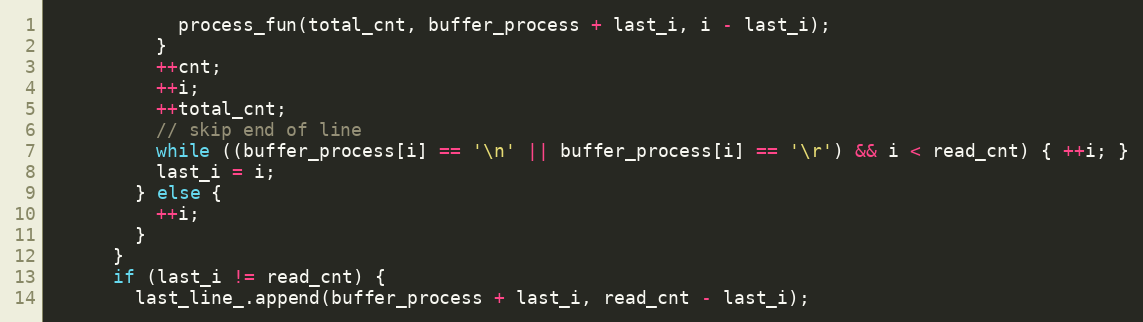
Language: C
            process_fun(total_cnt, buffer_process + last_i, i - last_i);
          }
          ++cnt;
          ++i;
          ++total_cnt;
          // skip end of line
          while ((buffer_process[i] == '\n' || buffer_process[i] == '\r') && i < read_cnt) { ++i; }
          last_i = i;
        } else {
          ++i;
        }
      }
      if (last_i != read_cnt) {
        last_line_.append(buffer_process + last_i, read_cnt - last_i);